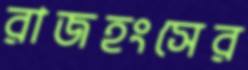
রাজহংসের